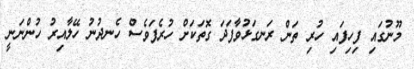
މޫނުގައި ފިހިފައި ހުރި ތަން ރަނގަޅުވާފަދަ ގޮތަކަށް ހުރެފަވެސް ހެނދުނު ހޭލާއިރު ހުންނަނީ